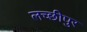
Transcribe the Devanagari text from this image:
लच्छीपुर